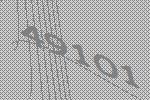
49101